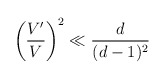
\begin{align*}\left( \frac{V^\prime}{V} \right)^2 \ll \frac{d}{(d-1)^2}\end{align*}